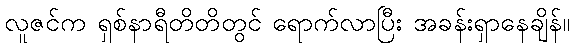
လူဇင်က ရှစ်နာရီတိတိတွင် ရောက်လာပြီး အခန်းရှာနေချိန်။